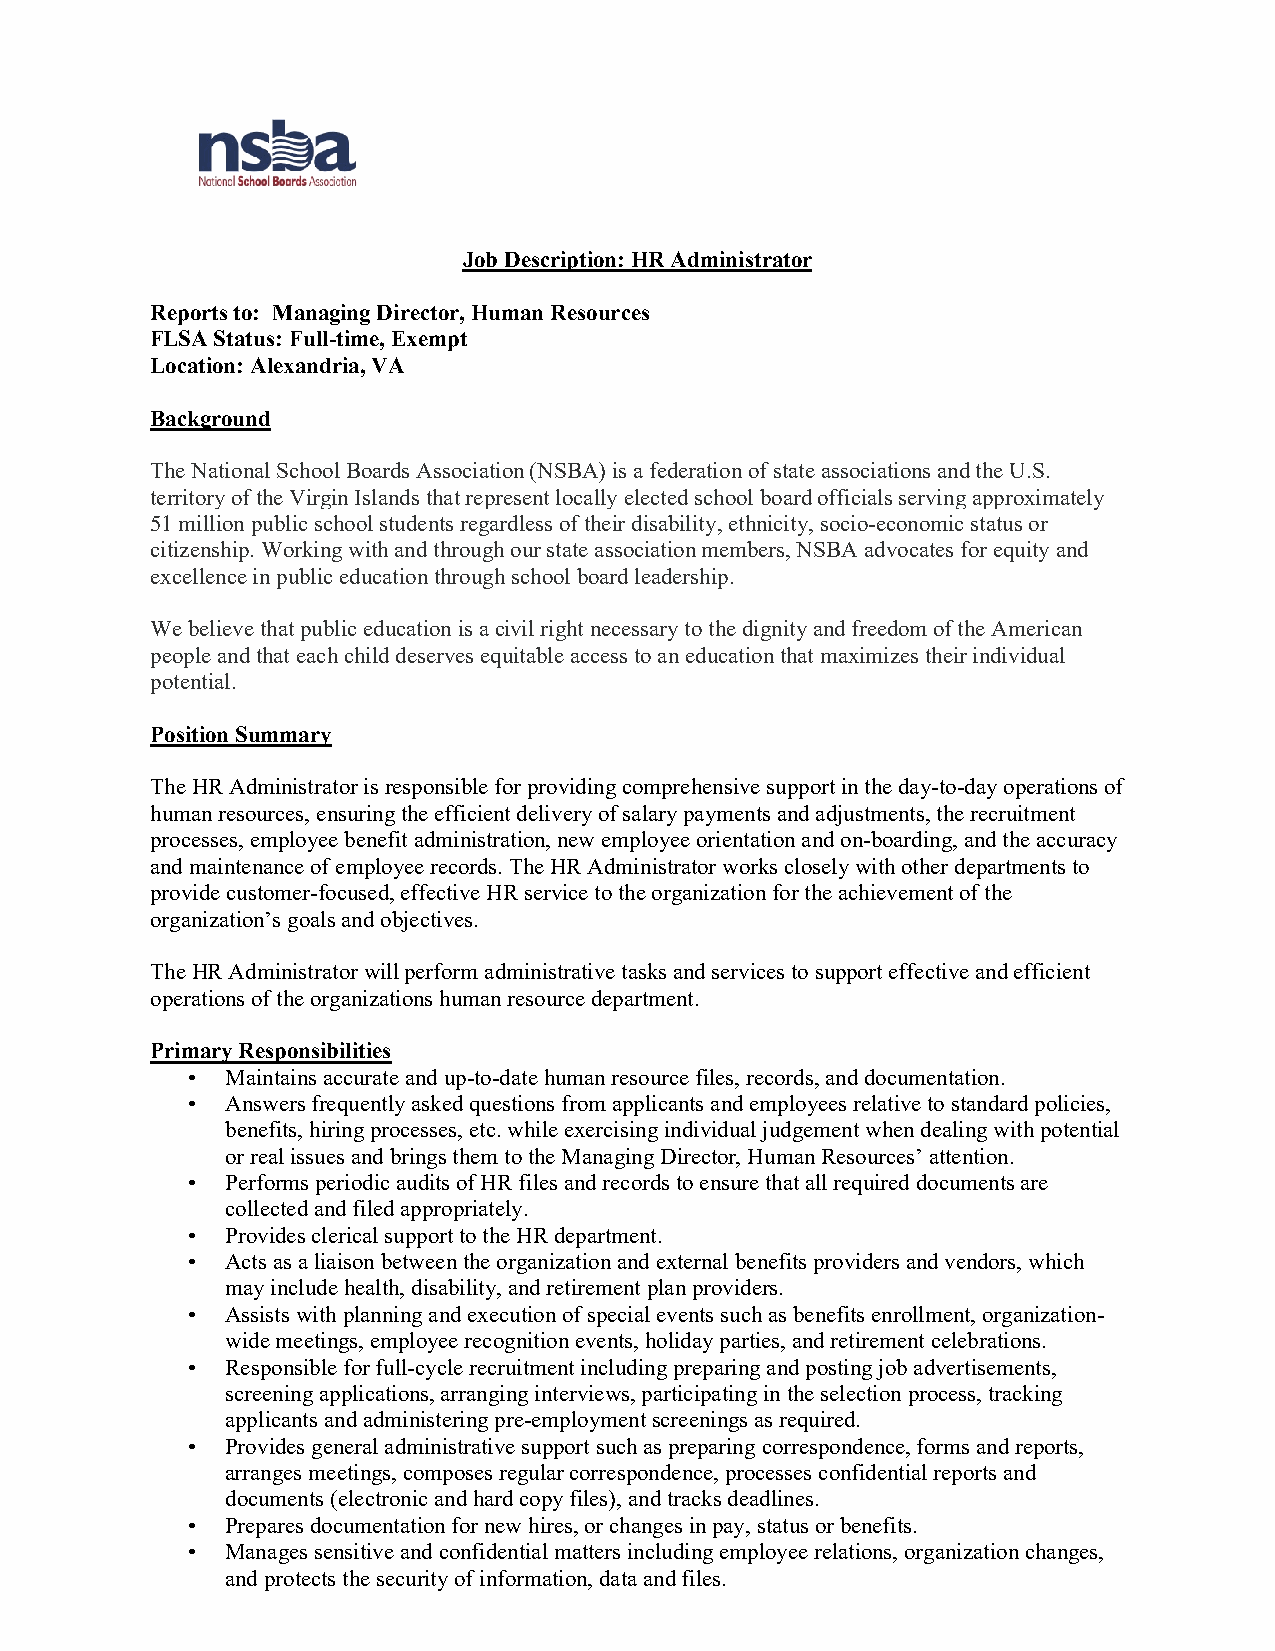
Job Description: HR Administrator
 Reports to: Managing Director, Human Resources
 FLSA Status: Full-time, Exempt
 Location: Alexandria, VA
 Background
 The National School Boards Association (NSBA) is a federation of state associations and the U.S.
 territory of the Virgin Islands that represent locally elected school board officials serving approximately
 51 million public school students regardless of their disability, ethnicity, socio-economic status or
 citizenship. Working with and through our state association members, NSBA advocates for equity and
 excellence in public education through school board leadership.
 We believe that public education is a civil right necessary to the dignity and freedom of the American
 people and that each child deserves equitable access to an education that maximizes their individual
 potential.
 Position Summary
 The HR Administrator is responsible for providing comprehensive support in the day-to-day operations of
 human resources, ensuring the efficient delivery of salary payments and adjustments, the recruitment
 processes, employee benefit administration, new employee orientation and on-boarding, and the accuracy
 and maintenance of employee records. The HR Administrator works closely with other departments to
 provide customer-focused, effective HR service to the organization for the achievement of the
 organization’s goals and objectives.
 The HR Administrator will perform administrative tasks and services to support effective and efficient
 operations of the organizations human resource department.
 Primary Responsibilities
 •  Maintains accurate and up-to-date human resource files, records, and documentation.
 •  Answers frequently asked questions from applicants and employees relative to standard policies,
 benefits, hiring processes, etc. while exercising individual judgement when dealing with potential
 or real issues and brings them to the Managing Director, Human Resources’ attention.
 •  Performs periodic audits of HR files and records to ensure that all required documents are
 collected and filed appropriately.
 •  Provides clerical support to the HR department.
 •  Acts as a liaison between the organization and external benefits providers and vendors, which
 may include health, disability, and retirement plan providers.
 •  Assists with planning and execution of special events such as benefits enrollment, organization-
 wide meetings, employee recognition events, holiday parties, and retirement celebrations.
 •  Responsible for full-cycle recruitment including preparing and posting job advertisements,
 screening applications, arranging interviews, participating in the selection process, tracking
 applicants and administering pre-employment screenings as required.
 •  Provides general administrative support such as preparing correspondence, forms and reports,
 arranges meetings, composes regular correspondence, processes confidential reports and
 documents (electronic and hard copy files), and tracks deadlines.
 •  Prepares documentation for new hires, or changes in pay, status or benefits.
 •  Manages sensitive and confidential matters including employee relations, organization changes,
 and protects the security of information, data and files.